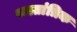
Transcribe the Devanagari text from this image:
गनतांत्रिक